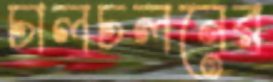
চালচলনের